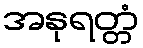
အနုရတ္တံ